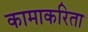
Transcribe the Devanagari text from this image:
कामाकरिता